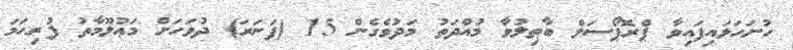
ހުށަހަޅައިފައިވާ ޕްރޮޕޯސަލް ބާޠިލުވާ މުއްދަތު މަދުވެގެން 15 (ފަނަރަ) ދުވަހަށް މަޢުލޫމާތު ފުރިހަމަ